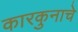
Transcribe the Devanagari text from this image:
कारकुनाचे